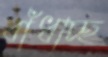
বাঁধাচ্ছ